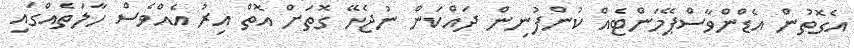
އެގޮތުން އެޑްންވާސްޕޭމަންޓެއް ކުންފުނިން ދައްކަން ނުޖެހޭ ގޮތަށް އޮތް އިރު އެއްވެސް ހާލަތެއްގައި